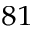
_ { 8 1 }